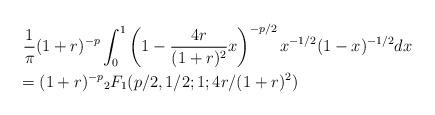
LaTeX: \begin{align*}&\ \frac{1}{\pi} (1+r)^{-p} \int_0^1 \left(1 - \frac{4r}{(1+r)^2}x\right)^{-p/2} x^{-1/2} (1-x)^{-1/2} dx \\ &= (1+r)^{-p} {}_2F_1(p/2, 1/2;1; 4r/(1+r)^2)\end{align*}